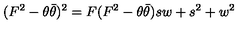
( F ^ { 2 } - \theta \bar { \theta } ) ^ { 2 } = F ( F ^ { 2 } - \theta \bar { \theta } ) s w + s ^ { 2 } + w ^ { 2 }